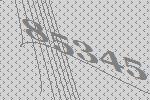
85345